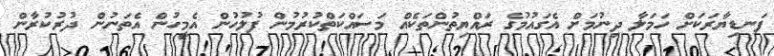
ފަނޑިޔާރަކަށް ހަމަލާ ދިނުމަށް އެގައުމުގެ ރައްޔިތުންތަކެއް މަސައްކަތްކުރުމުން ފުލުހުން އެމީހުން އެތަނުން ދުރުކުރާން